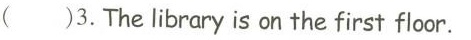
（）3. The library is on the first floor.